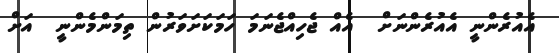
އެއުރެންނީ އެއުރެންނަށް  އެއް ޖެހިއްޖެނަމަ ހަމަކަށަވަރުން ތިމަންމެންނީ  އަށް